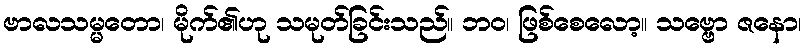
ဗာလသမ္မတော၊ မိုက်၏ဟု သမုတ်ခြင်းသည်။ ဘဝ၊ ဖြစ်စေလော့။ သဗ္ဗော ဇနော၊